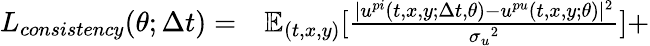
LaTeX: \begin{array}{rl}{L_{consistency}(\theta;\Delta t)=}&{{}\mathbb{E}_{(t,x,y)}[\frac{|{u}^{pi}(t,x,y;\Delta t,\theta)-{u}^{pu}(t,x,y;\theta)|^{2}}{{\sigma_{u}}^{2}}]+}\end{array}